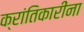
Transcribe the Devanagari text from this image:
क्रांतिकारींना